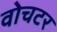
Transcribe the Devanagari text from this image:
वोचटर